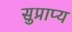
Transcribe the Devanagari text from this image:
सुप्राप्य